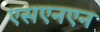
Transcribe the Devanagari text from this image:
एसएनएन